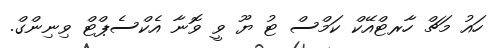
ހައު މަޗް ހާރޓްއޭކް ކަމްސް ޓު ޔޫ ވީ ވޮނާ އެކްސެޕްޓް ވިނިންގް.